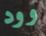
وود